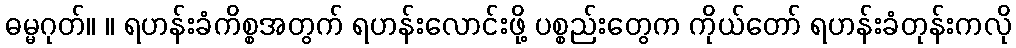
ဓမ္မဂုတ်။ ။ ရဟန်းခံကိစ္စအတွက် ရဟန်းလောင်းဖို့ ပစ္စည်းတွေက ကိုယ်တော် ရဟန်းခံတုန်းကလို